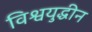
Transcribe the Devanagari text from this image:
विश्वयुद्धीन